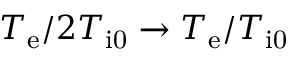
T _ { \mathrm { e } } / 2 T _ { \mathrm { i 0 } } \rightarrow T _ { \mathrm { e } } / T _ { \mathrm { i 0 } }